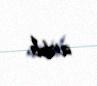
artıb.